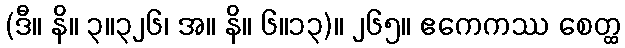
(ဒီ။ နိ။ ၃။၃၂၆၊ အ။ နိ။ ၆။၁၃)။ ၂၆၅။ ဧကေကဿ စေတ္ထ